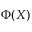
\Phi ( X )